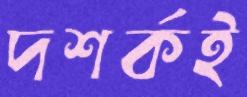
দশর্কই